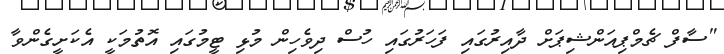
"ސާފް ޗެމްޕިއަންޝިޕަށް ދާއިރުގައި ފަހަރުގައި ހުސް ދިވެހިން މުޅި ޓީމުގައި އޮތުމަކީ އެކަށީގެންވާ